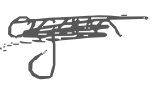
Text: again
Cross-out: scratch
Writing tool: digital_gray